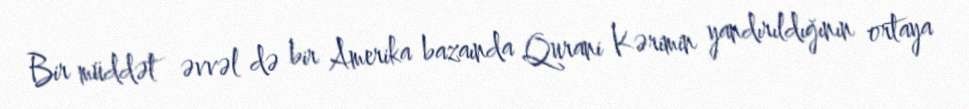
Bir müddət əvvəl də bir Amerika bazaında Qurani Kərimin yandırıldığının ortaya